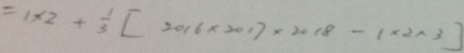
= 1 \times 2 + \frac { 1 } { 3 } [ 2 0 1 6 \times 2 0 1 7 \times 2 0 1 8 - 1 \times 2 \times 3 ]